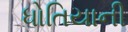
ધોતિયાની